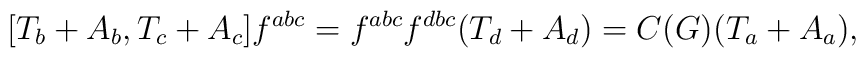
[T_{b}+A_{b},T_{c}+A_{c}]f^{abc} = f^{abc}f^{dbc}(T_{d}+A_{d}) = C(G)(T_{a}+A_{a}),